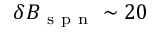
\delta B _ { \mathrm { ~ s ~ p ~ n ~ } } \sim 2 0